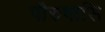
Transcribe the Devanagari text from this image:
पौरुषासि